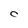
Character: C